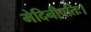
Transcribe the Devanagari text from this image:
मेदिनीपतिः।